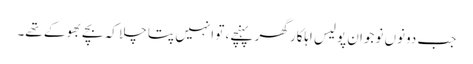
جب دونوں نوجوان پولیس اہلکار گھر پہنچے، تو انہیں پتا چلا کہ بچے بھوکے تھے۔